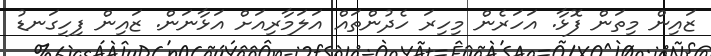
ޒައިން މިތަން ފޮޅާ. އަހަރެން މިހިރަ ހެދުންތައް އަލަމާރިއަށް އަޅާނަން. ޒައިން ފިހިގަނޑު